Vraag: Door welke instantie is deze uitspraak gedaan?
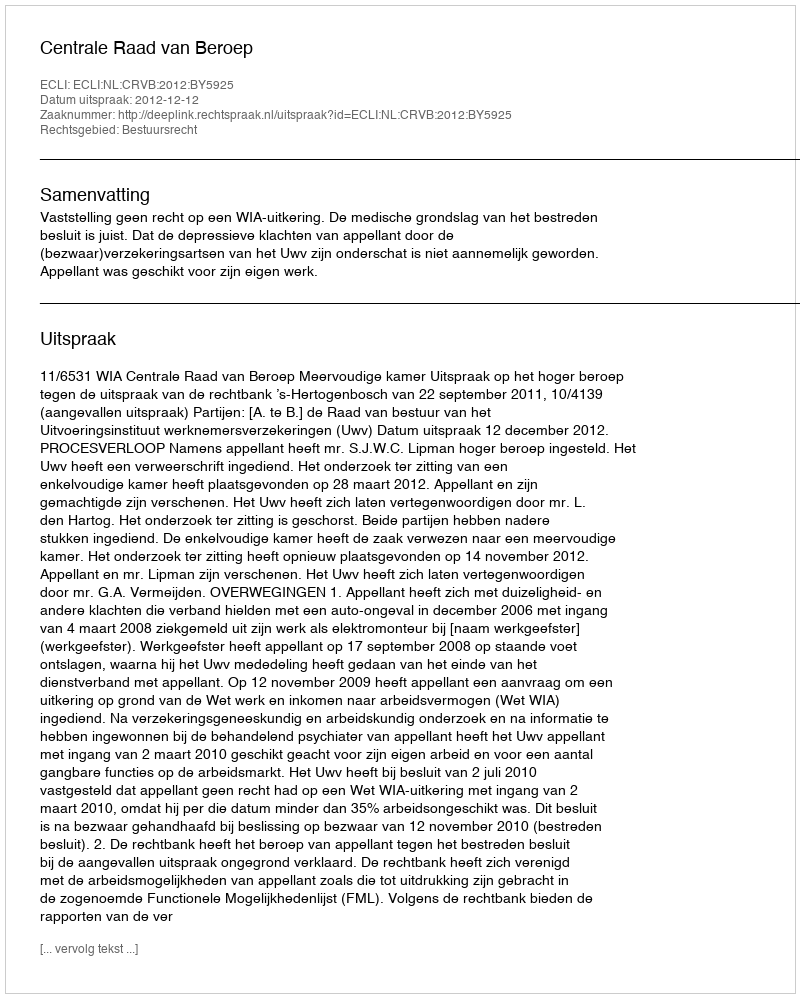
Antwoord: Centrale Raad van Beroep